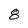
Character: 8